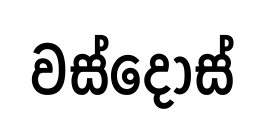
වස්දොස්